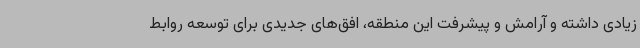
زیادی داشته و آرامش و پیشرفت این منطقه، افق‌های جدیدی برای توسعه روابط